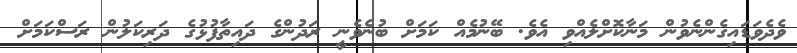
ވެދެވަޑައިގެންނެވުން މަނާކޮށްލެއްވި އެވެ. ބޭނުމެއް ކަމަށް ބުނެވެނީ ރަދުންގެ ދައިތާފުޅުގެ ދަރިކަލުން ރަސްކަމަށް